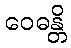
ဝေဓန္တိ